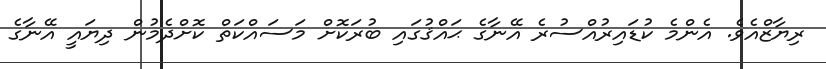
ރިޔާޒްއެވެ. އެންމެ ކުޑައިރުއްސުރެ އޭނާގެ ޙައްޤުގައި ބުރަކޮށް މަސައްކަތް ކޮށްދެމުން ދިޔައީ އޭނާގެ